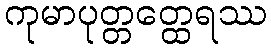
ကုမာပုတ္တတ္ထေရဿ